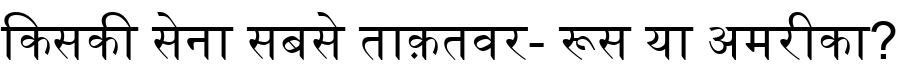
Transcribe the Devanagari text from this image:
किसकी सेना सबसे ताक़तवर- रूस या अमरीका?